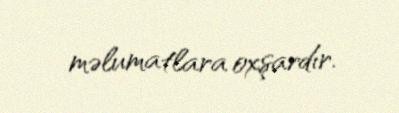
məlumatlara oxşardır.